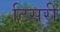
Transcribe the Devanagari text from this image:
टिसरी